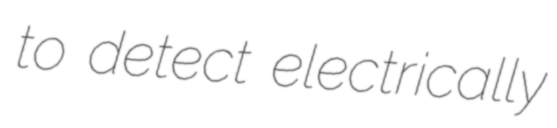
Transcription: to detect electrically